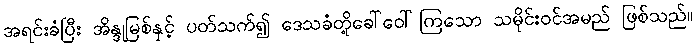
အရင်းခံပြီး အိန္ဒုမြစ်နှင့် ပတ်သက်၍ ဒေသခံတို့ခေါ်ဝေါ်ကြသော သမိုင်းဝင်အမည် ဖြစ်သည်။